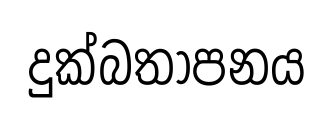
දුක්බතාපනය